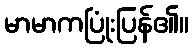
မာမာကပြုံးပြန်၏။